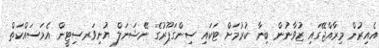
އެއިރުން މިރާއްޖޭގައި ޒުވާނުން ބިނާ ކުރުމަށް ޓަކައި ސިންގަޕޫރުގެ ނޭޝަނަލް ޔުނިވަރސިޓީން އެމަސައްކަތް